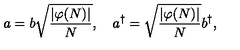
a = b \sqrt { \frac { | \varphi ( N ) | } { N } } , \quad a ^ { \dagger } = \sqrt { \frac { | \varphi ( N ) | } { N } } b ^ { \dagger } ,